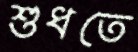
শুধতে